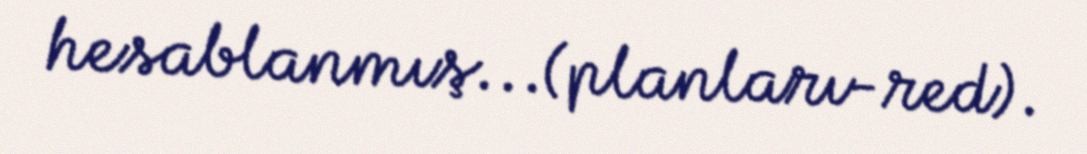
hesablanmış...(planları-red).